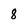
Character: 8